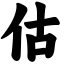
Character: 估